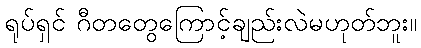
ရုပ်ရှင် ဂီတတွေကြောင့်ချည်းလဲမဟုတ်ဘူး။